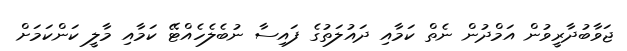
ޖަވާބުދާރީވުން އަމްދުން ނެތް ކަމާއި ދައުލަތުގެ ފައިސާ ނުބެލެހެއްޓޭ ކަމާއި މާލީ ކަންކަމަށް